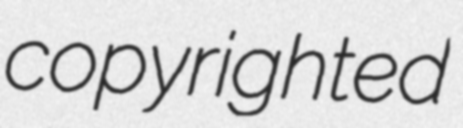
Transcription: copyrighted